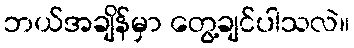
ဘယ်အချိန်မှာ တွေ့ချင်ပါသလဲ။